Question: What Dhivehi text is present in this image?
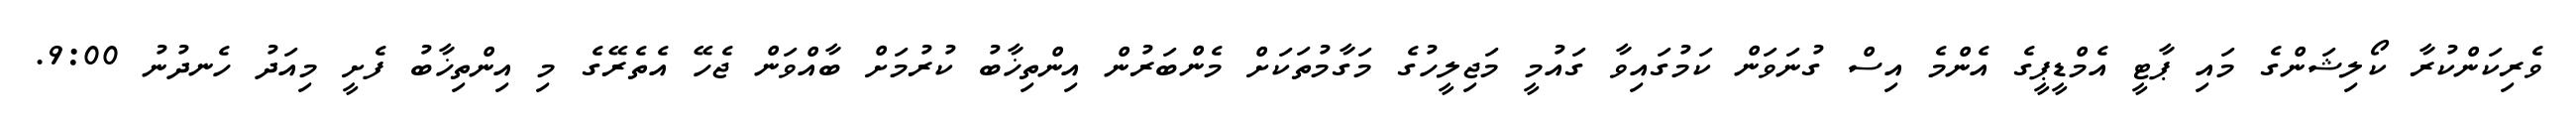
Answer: ވެރިކަންކުރާ ކޯލިޝަންގެ މައި ޕާޓީ އެމްޑީޕީގެ އެންމެ އިސް ގުނަވަން ކަމުގައިވާ ގައުމީ މަޖިލީހުގެ މަގާމުތަކަށް މެންބަރުން އިންތިޚާބު ކުރުމަށް ބާއްވަން ޖެހޭ އެތެރޭގެ މި އިންތިޚާބު ފެށީ މިއަދު ހެނދުނު 9:00.